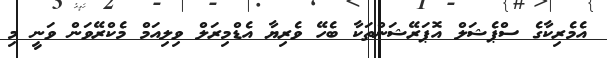
އެމެރިކާގެ ސްޕެޝަލް އޮޕަރޭޝަންތަކާ ބެހޭ ވެރިޔާ އެޑްމިރަލް ވިލިއަމް މެކްރޭވަން ވަނީ މި